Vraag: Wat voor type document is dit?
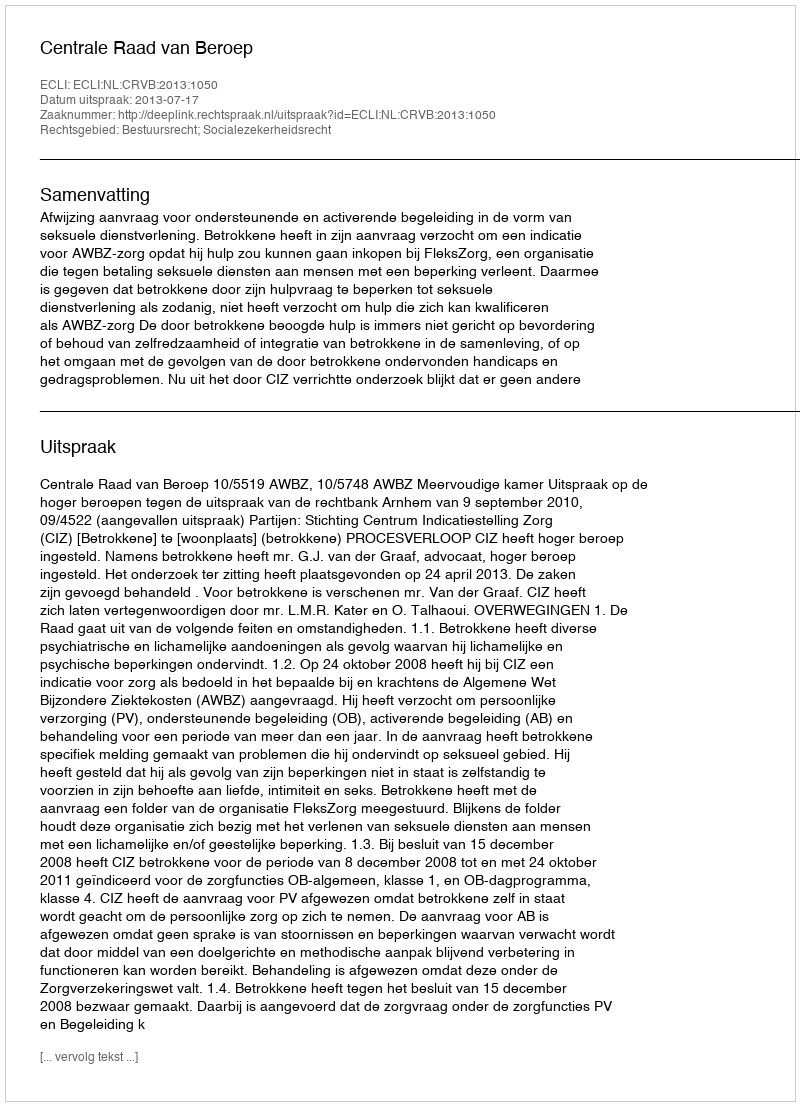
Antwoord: Uitspraak